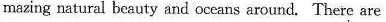
mazing natural beauty and occans around. There are